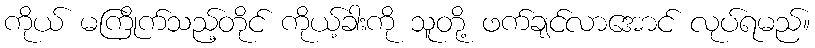
ကိုယ် မကြိုက်သည့်တိုင် ကိုယ့်ခါးကို သူတို့ ဖက်ချင်လာအောင် လုပ်ရမည်။